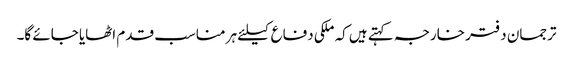
ترجمان دفتر خارجہ کہتے ہیں کہ ملکی دفاع کیلئے ہر مناسب قدم اٹھایا جائے گا۔